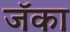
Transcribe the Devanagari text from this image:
जॅका